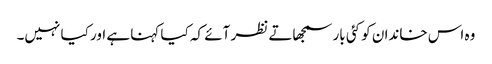
وہ اس خاندان کو کئی بار سمجھاتے نظر آئے کہ کیا کہنا ہے اور کیا نہیں۔